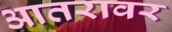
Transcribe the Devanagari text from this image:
आतरावर